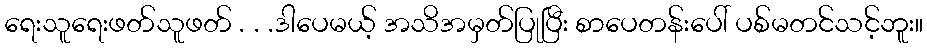
ရေးသူရေးဖတ်သူဖတ် . . .ဒါပေမယ့် အသိအမှတ်ပြုပြီး စာပေတန်းပေါ် ပစ်မတင်သင့်ဘူး။